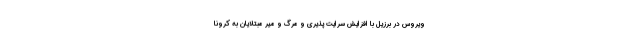
ویروس در برزیل با افزایش سرایت پذیری و مرگ و میر مبتلایان به کرونا